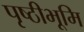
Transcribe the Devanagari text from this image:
पृष्ठीभूमि